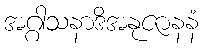
အဂ္ဂါသနာဒိအနုဇာနနံ